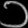
Digit: ၁